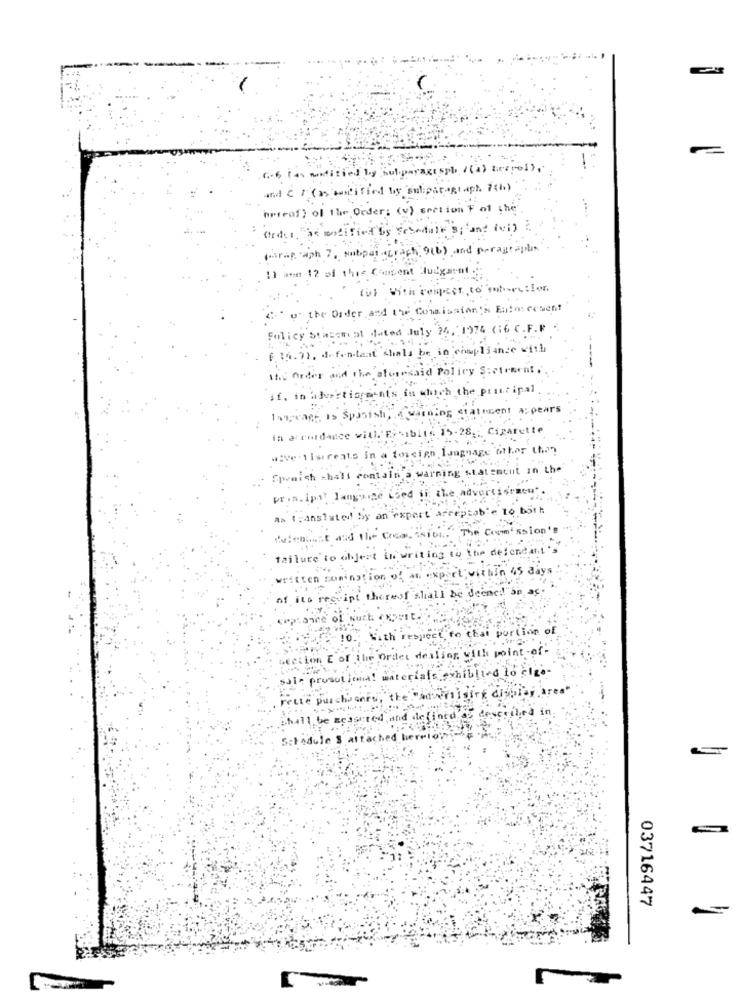
6 .- 6 two modified by hul.paragespl /(a) tezros).
and c F (as auscified by Subiparagraph 7th)
heraf) of the Order: (v) section F of the
Ordet, as modifient by Schedule By and (vi) 2
(rif. aph 7. Nubpal grach, 9(b) , and paragraphin
1) amm 12 of this Coupent Judgment :
ful with respect to enter:Ion
A' o' the Order and the Comission:s Entos cesent
Folicy Stasem at dated July 24, 1974 636 C.F.F
6. 15.9), A fantaat chals be in compliance with
The Order and the storesaid Policy Scctement,
if, in advertisements in which the principal
Imageage is Spanish, a warning cratesent a: pears
in accordance with Eibibite 15-28 ,: Cigarette
.. Ve listreats in a foreign language other than
Spvaich chali contain a warning statement in the
pr.n.ipal langsize Lied if the advertisracu".
A> translated by an expert acceptable to both
ad the Coca. "sibi." The Comission's
failure to ohjert in writing to the defendant's
written comingtion of an expert; within 45 days
of its receipt thereof shall be deene !! "sn ac-
with respect to chai portion of
10.
section E of the Order dealing with point-of-
sale prosut lima! unterials exhiblind to elge-
rette purchasers,"the "advertising display area'
hall be measured,and defined E described in
Schedule S attached berrio; - A
03716447